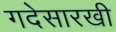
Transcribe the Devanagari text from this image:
गदेसारखी